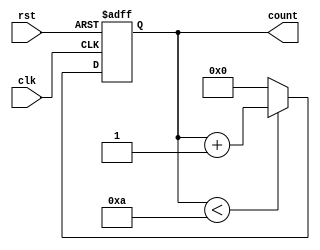
module IncrementalForLoop (
  input wire clk,
  input wire rst,
  output reg [7:0] count
);

reg [7:0] start_value = 0;
reg [7:0] end_value = 10;
reg [7:0] step_size = 1;

always @(posedge clk or posedge rst) begin
  if (rst) begin
    count <= start_value;
  end else begin
    if (count < end_value) begin
      count <= count + step_size;
    end else begin
      count <= start_value;
    end
  end
end

endmodule